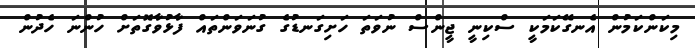
މިކަންކަމުން އެނގޭކަމަކީ ސްކިނީ ޖީންސް ނުވަތަ ހަށިގަނޑުގެ ގުނަވަންތައް ފާޅުވާގޮތަށް ހުންނަ ހެދުން